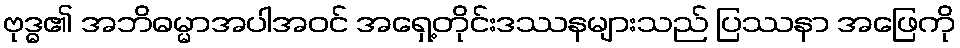
ဗုဒ္ဓ၏ အဘိဓမ္မာအပါအဝင် အရှေ့တိုင်းဒဿနများသည် ပြဿနာ အဖြေကို